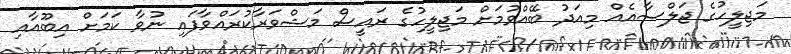
މަޖިލީހުގެ ޖަލްސާއެެއް މިއަދު ބޭއްވުމަށް މަޖިލީހުގެ ރައީސް މަޝްވަރާކުރައްވާފައި ނުވާ ކަމަށް އިބޫއާއި